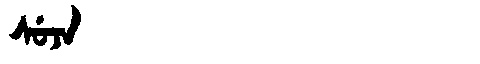
Manchu: ᠰᡠᠵᠠ
Romanization: SUJA